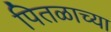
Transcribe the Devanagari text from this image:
पितळाच्या